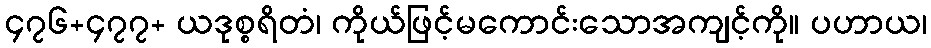
၄၇၆+၄၇၇+ ယဒုစ္စရိတံ၊ ကိုယ်ဖြင့်မကောင်းသောအကျင့်ကို။ ပဟာယ၊